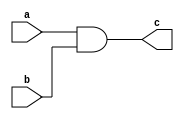

module simple_and 
        (
            //input
            a,
            b,
            // output
            c
        );

    //port definition
    input a;
    input b;

    output c;

    // design implementation
    
    assign c = a & b;

endmodule